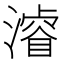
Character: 𣿰